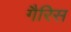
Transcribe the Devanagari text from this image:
गैरिस